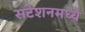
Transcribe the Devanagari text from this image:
सटेशनमध्ये